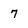
Character: 7